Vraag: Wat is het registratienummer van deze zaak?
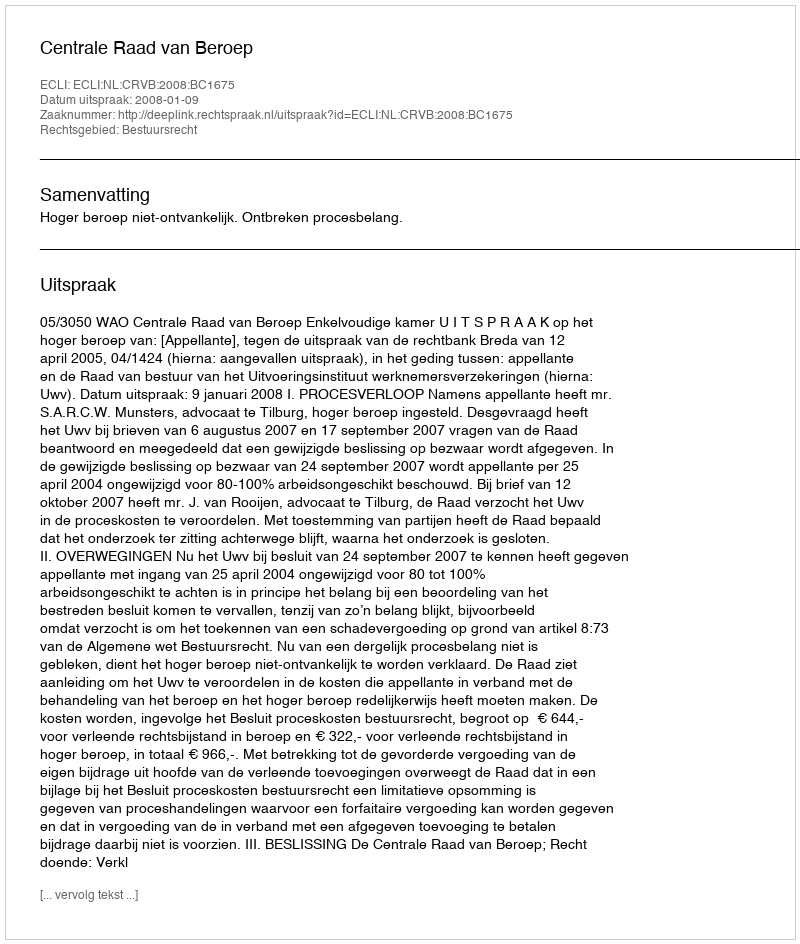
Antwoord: http://deeplink.rechtspraak.nl/uitspraak?id=ECLI:NL:CRVB:2008:BC1675